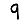
Digit: 9